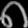
Digit: ၈